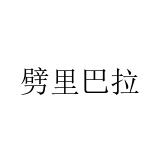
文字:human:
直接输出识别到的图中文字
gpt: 劈里巴拉